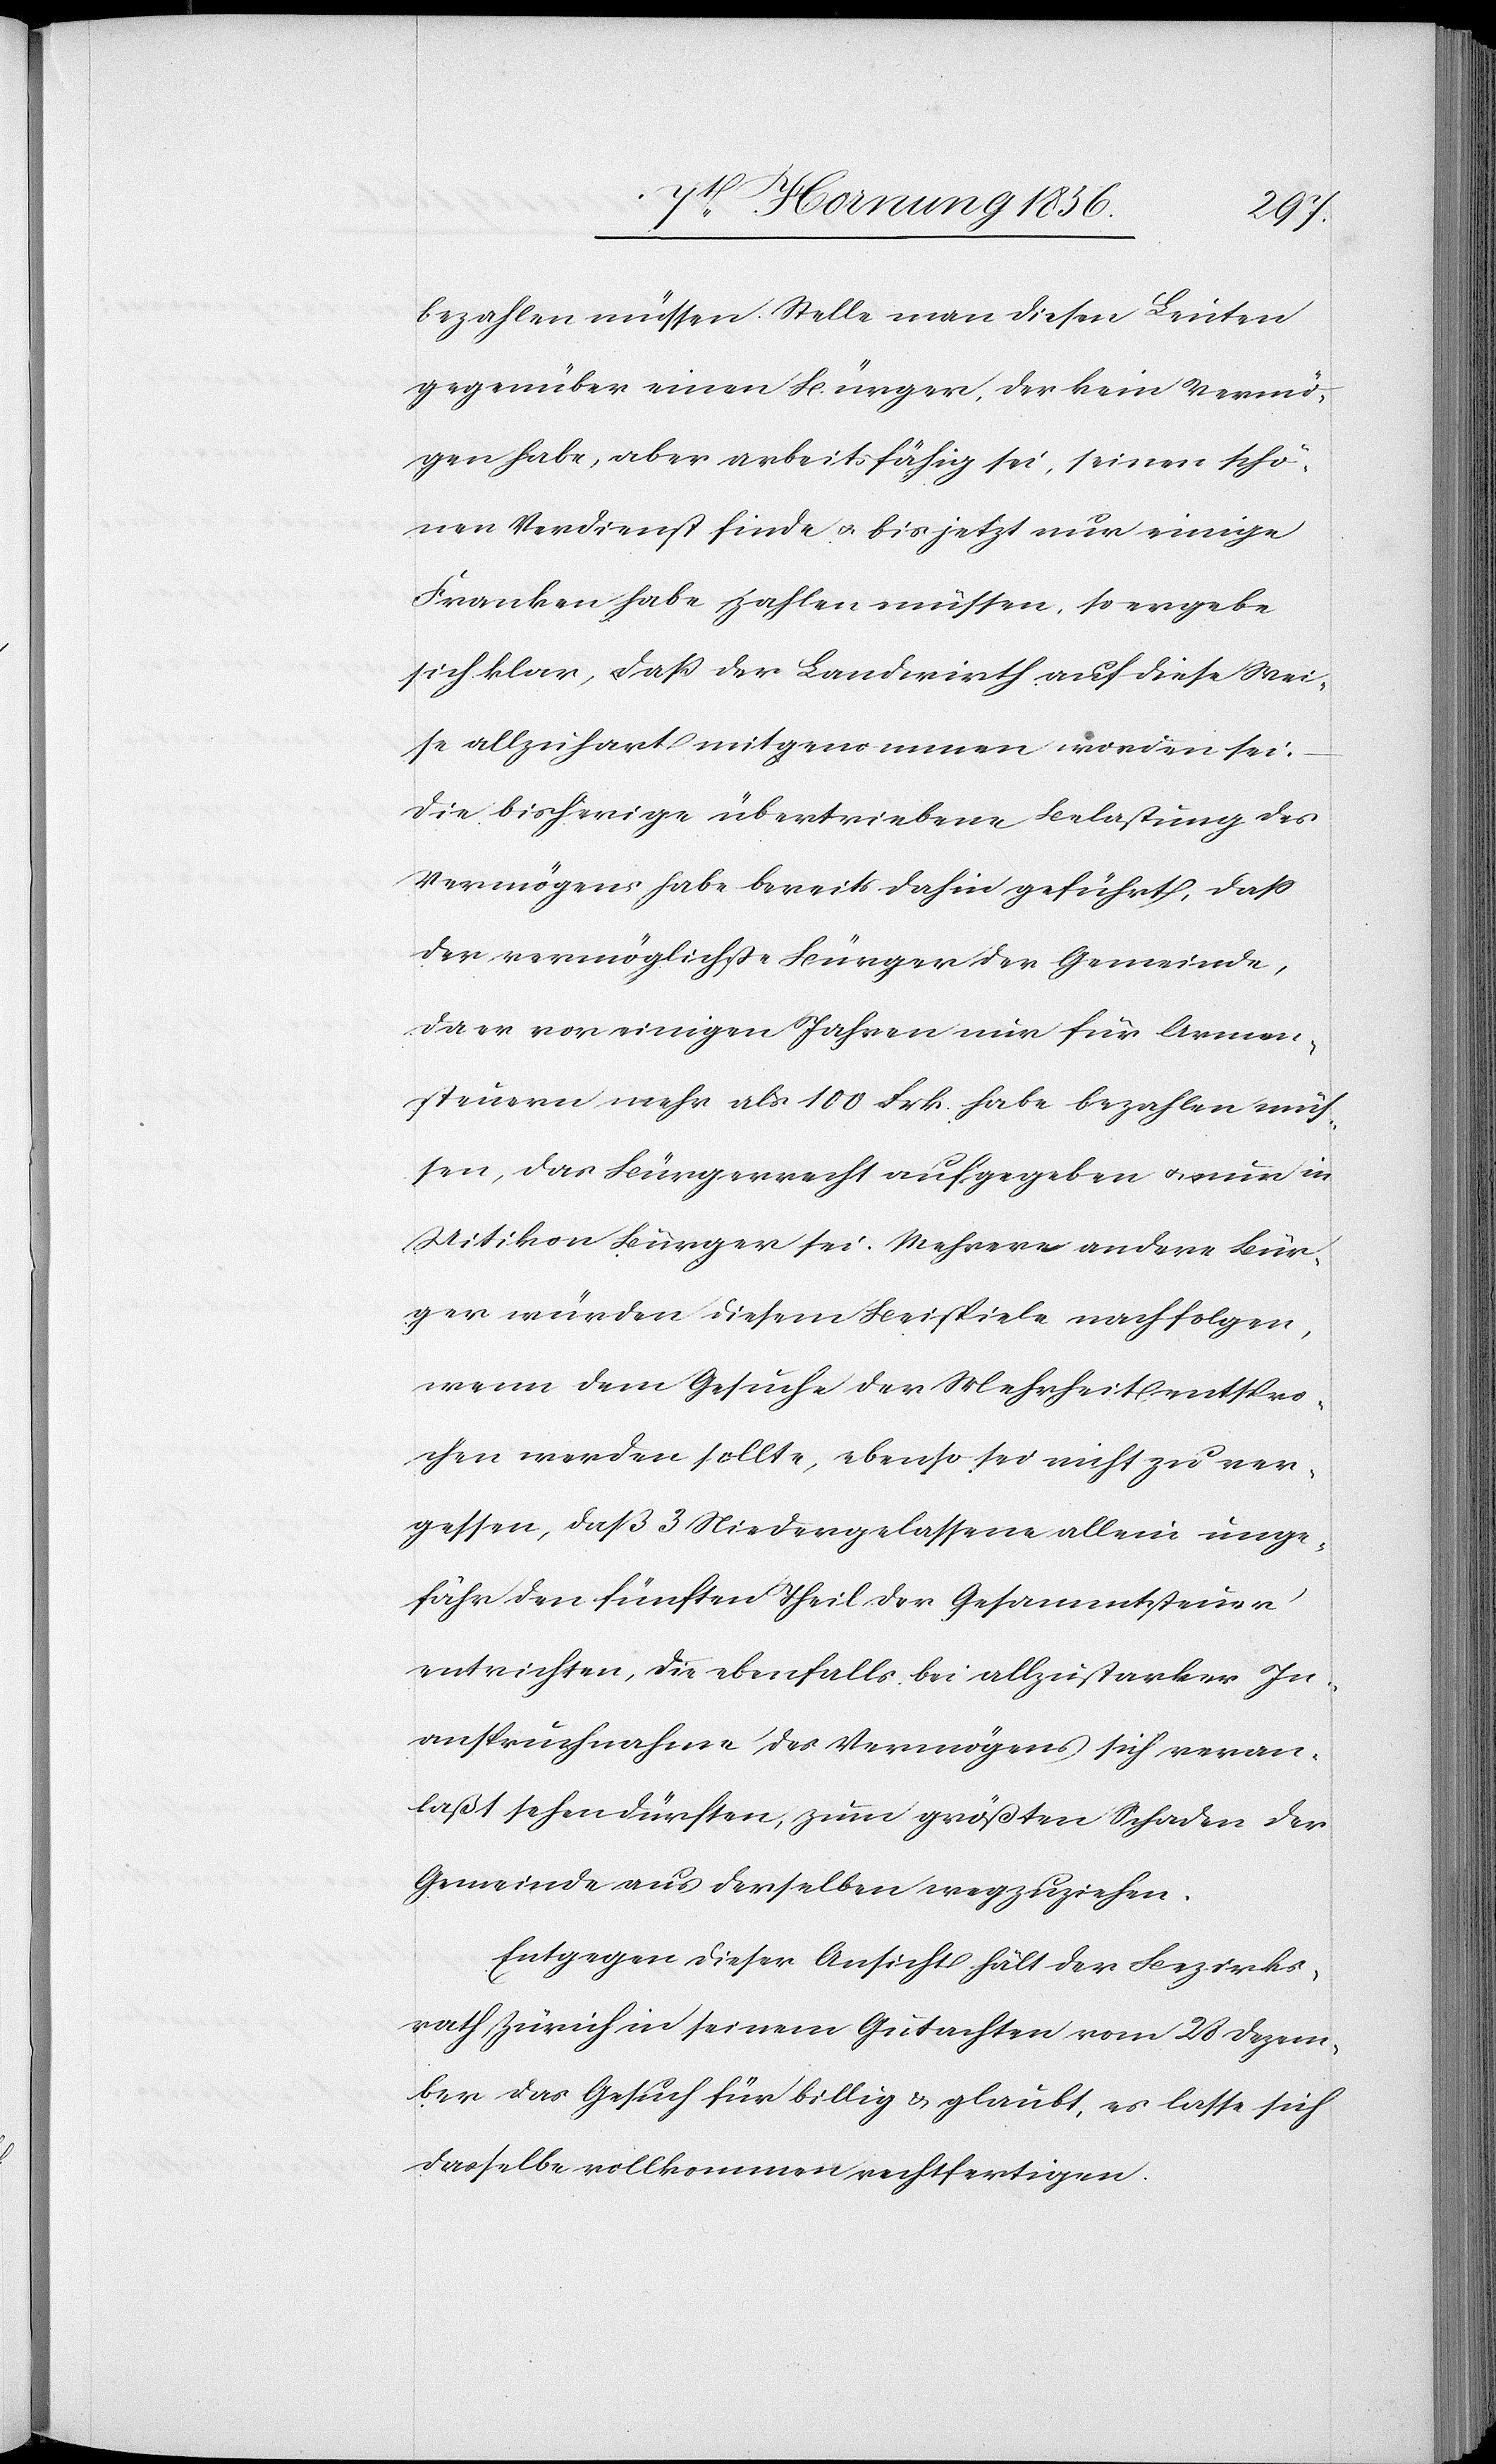
bezahlen müssen. Stelle man diesen Leuten
gegenüber einen Bürger, der kein Vermö¬
gen habe, aber arbeitsfähig sei, seinen schö¬
nen Verdienst finde u. bis jetzt nur einige
Franken habe zahlen müssen, so ergebe
sich klar, daß der Landwirth auf diese Wei¬
se allzuhart mitgenommen worden sei:
Die bisherige übertriebene Belastung des
Vermögens habe bereits dahin geführt, daß
der vermöglichste Bürger der Gemeinde,
da er vor einigen Jahren nur für Armen¬
steuern mehr als 100 Frk. habe bezahlen müs¬
sen, das Bürgerrecht aufgegeben u. nun in
Uitikon Bürger sei. Mehrere andere Bür¬
ger würden diesem Beispiele nachfolgen,
wenn dem Gesuche der Mehrheit entspro¬
chen werden solle, ebenso sei nicht zu ver¬
gessen, daß 3 Niedergelassene allein unge¬
fähr den fünften Theil der Gesammtsteuer
entrichten, die ebenfalls bei allzustarker In¬
anspruchnahme des Vermögens sich veran¬
laßt sehen dürften, zum größten Schaden der
Gemeinde aus derselben wegzuziehen.
Entgegen dieser Ansicht hält der Bezirks¬
rath Zürich in seinem Gutachten vom 28 Dezem¬
ber das Gesuch für billig & glaubt, es lasse sich
dasselbe vollkommen rechtfertigen.